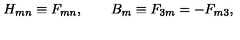
H _ { m n } \equiv F _ { m n } , \quad \quad B _ { m } \equiv F _ { 3 m } = - F _ { m 3 } , \,